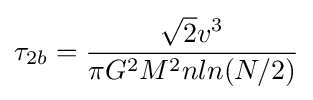
\tau _{2b}={\frac {{\sqrt {2}}v^{3}}{\pi G^{2}M^{2}nln(N/2)}}